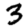
Digit: 3